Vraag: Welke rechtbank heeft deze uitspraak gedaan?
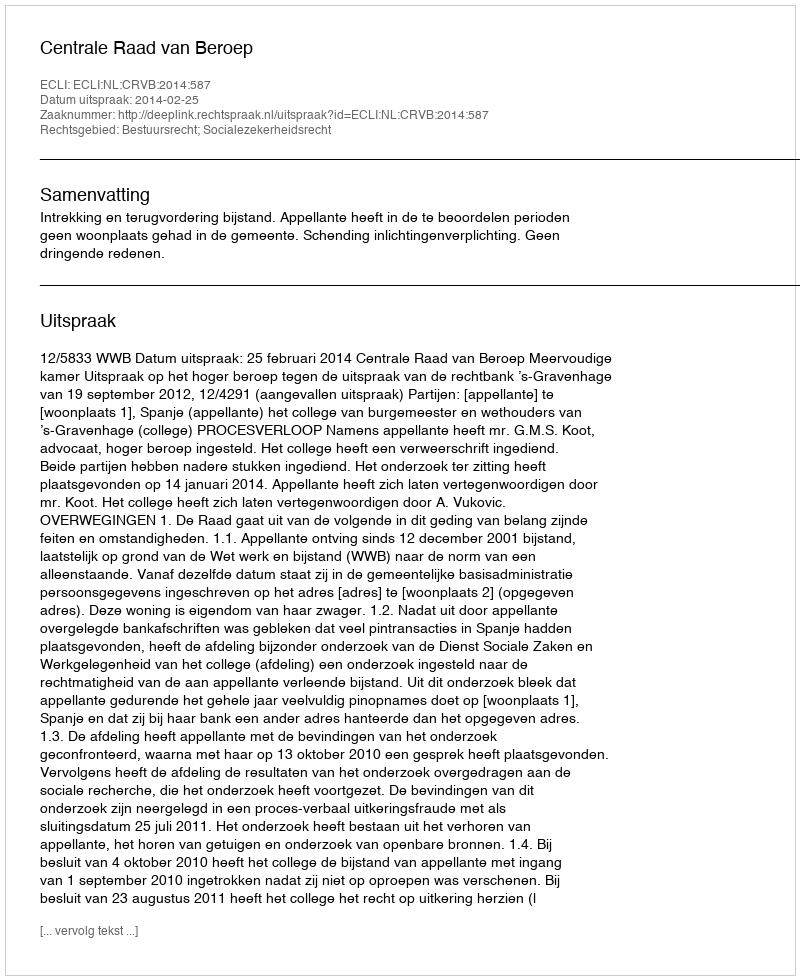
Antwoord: Centrale Raad van Beroep